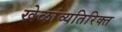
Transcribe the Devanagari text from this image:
खेळांव्यतिरिक्त